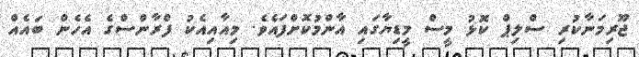
ޖޫރިމަނާކުރި ސްލިޕް ކޮޅު މީސް މީޑިޔާގައި އާންމުކޮށްފައެވެ. މިއާއިއެކު ފްރާންސްގެ އެހެން ބައެއް